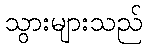
သွားများသည်